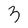
Character: 3